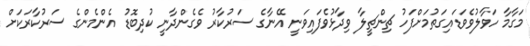
މަގާމާ ހަވާލުވެވަޑައިގަތުމަށްފަހު ޗިންޗީލާ ވިދާޅުވެފައިވަނީ އޭނާގެ ސަރުކާރު ވެގެންދާނީ ކުދިބޮޑު އެންމެންގެ ސަރުކާރަކަށް